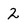
Character: 2